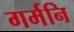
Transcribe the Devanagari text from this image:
गर्मनि